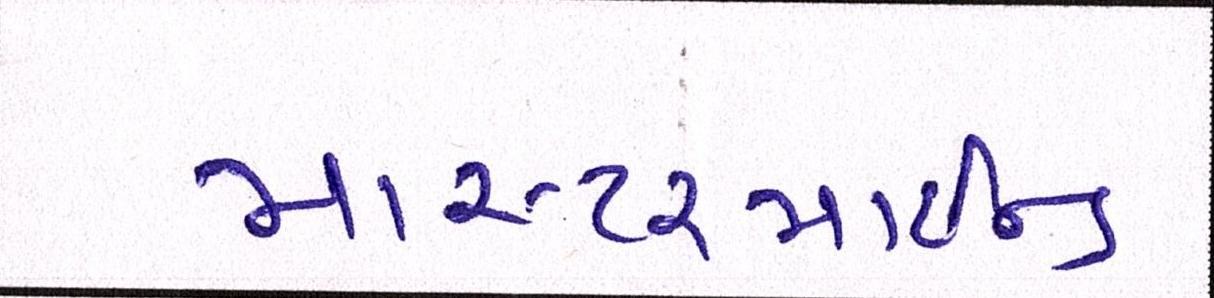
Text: માસ્ટરમાઈન્ડ